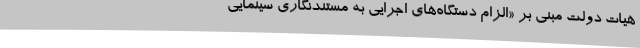
هیات دولت مبنی بر «الزام دستگاه‌های اجرایی به مستندنگاری سینمایی